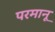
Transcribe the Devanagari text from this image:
परमानू